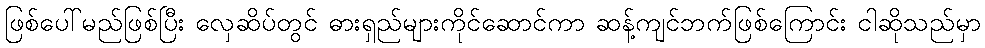
ဖြစ်ပေါ်မည်ဖြစ်ပြီး လှေဆိပ်တွင် ဓားရှည်များကိုင်ဆောင်ကာ ဆန့်ကျင်ဘက်ဖြစ်ကြောင်း ငါဆိုသည်မှာ